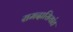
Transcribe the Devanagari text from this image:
रामदासियांत